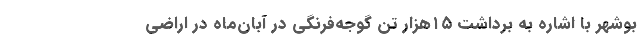
بوشهر با اشاره به برداشت ۱۵هزار تن گوجه‌فرنگی در آبان‌ماه در اراضی